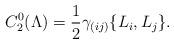
LaTeX: \begin{align*}C_2^{0}(\Lambda) =\frac{1}{2}\gamma_{(ij)}\{L_i,L_j\}.\end{align*}